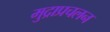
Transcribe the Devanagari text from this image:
मुद्राप्रचलन